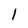
Character: l